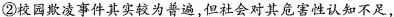
②校园欺凌事件其实较为普遍，但社会对其危害性认知不足，